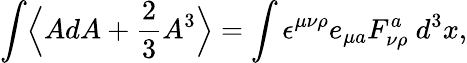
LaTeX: \int\Bigl\langle AdA+\frac{2}{3}A^{3}\Bigr\rangle=\int\epsilon^{\mu\nu\rho}e_{\mu a}F_{\nu\rho}^{a}~d^{3}x,